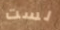
لست